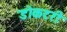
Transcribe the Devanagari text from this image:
डोकटरी